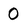
Character: 0